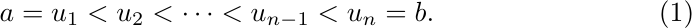
\begin{equation}\label{eqn:linear_interpolate}
    a=u_{1}<u_{2}<\cdots<u_{n-1}<u_{n}=b.
\end{equation}